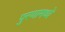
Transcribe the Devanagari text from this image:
पुरणामध्ये